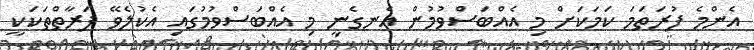
އެންމެ ފުރަތަމަ ކަމަކަށް މި އެއްބަސްވުމުން އެނގެނީ މި އެއްބަސްވުމުގައި އެކުލެވޭ ފަރާތްތަކަކީ